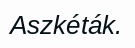
Aszkéták.